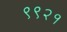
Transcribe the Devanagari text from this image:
९९२१